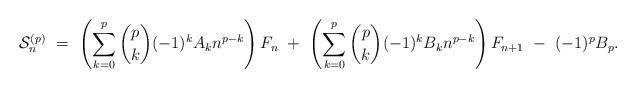
LaTeX: \begin{align*}\mathcal{S}_n^{(p)} \ = \ \left(\sum_{k=0}^p \binom{p}{k} (-1)^k A_k n^{p-k}\right) F_n\ + \ \left(\sum_{k=0}^p \binom{p}{k} (-1)^k B_k n^{p-k}\right) F_{n+1} \ - \ (-1)^p B_p.\end{align*}